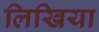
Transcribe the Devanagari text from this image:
लिखिया